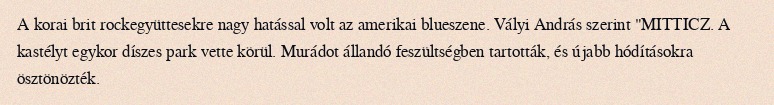
A korai brit rockegyüttesekre nagy hatással volt az amerikai blueszene. Vályi András szerint "MITTICZ. A kastélyt egykor díszes park vette körül. Murádot állandó feszültségben tartották, és újabb hódításokra ösztönözték.